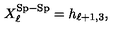
X _ { \ell } ^ { \mathrm { S p - S p } } = h _ { \ell + 1 , 3 } ,